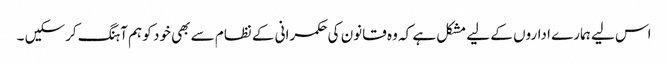
اس لیے ہمارے اداروں کے لیے مشکل ہے کہ وہ قانون کی حکمرانی کے نظام سے بھی خود کو ہم آہنگ کرسکیں ۔